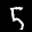
Label: 5